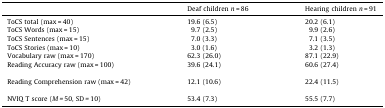
<table><thead><tr><td></td><td><b>Deaf children <i>n</i> = 86</b></td><td><b>Hearing children <i>n</i> = 91</b></td></tr></thead><tbody><tr><td>ToCS total (max = 40)</td><td>19.6 (6.5)</td><td>20.2 (6.1)</td></tr><tr><td>ToCS Words (max = 15)</td><td>9.7 (2.5)</td><td>9.9 (2.6)</td></tr><tr><td>ToCS Sentences (max = 15)</td><td>7.0 (3.3)</td><td>7.1 (3.5)</td></tr><tr><td>ToCS Stories (max = 10)</td><td>3.0 (1.6)</td><td>3.2 (1.3)</td></tr><tr><td>Vocabulary raw (max = 170)</td><td>62.3 (26.0)</td><td>87.1 (22.9)</td></tr><tr><td>Reading Accuracy raw (max = 100)</td><td>39.6 (24.1)</td><td>60.6 (27.4)</td></tr><tr><td>Reading Comprehension raw (max = 42)</td><td>12.1 (10.6)</td><td>22.4 (11.5)</td></tr><tr><td>NVIQ T score (<i>M</i> <i>=</i> 50, SD <i>=</i> 10)</td><td>53.4 (7.3)</td><td>55.5 (7.7)</td></tr></tbody></table>